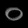
Digit: ၀